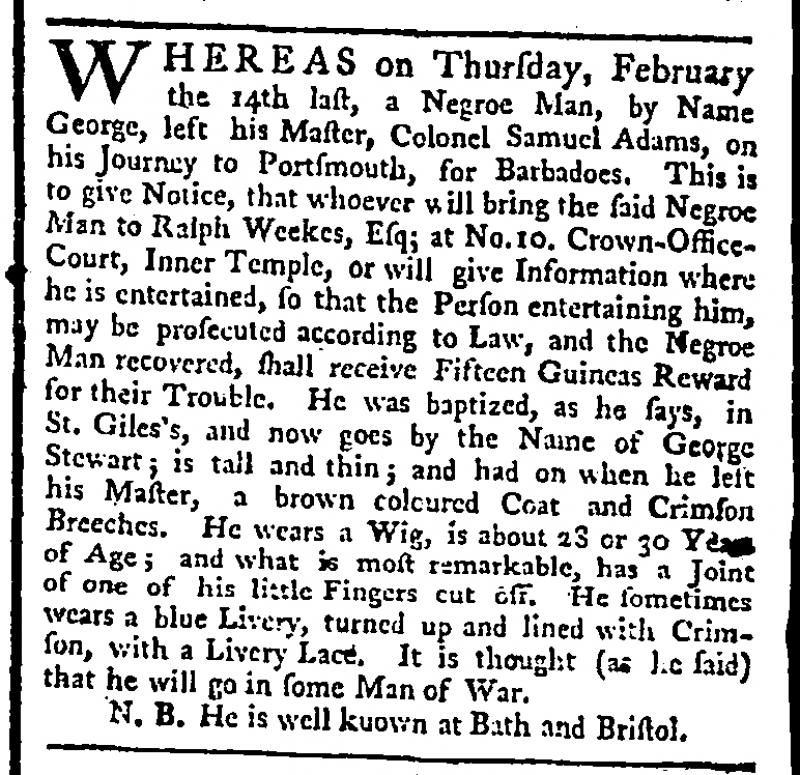
St. James's Chronicle or the British Evening Post, 20 February 1762 (England)
WHEREAS on Thursday, February the 14th last, a Negroe Man, by Name George, left his Master, Colonel Samuel Adams, on his Journey to Portsmouth, for Barbadoes. This is to give Notice, that whoever will bring the said Negroe Man to Ralph Weekes, Esq; at No.10. Crown-Office-Court, Inner Temple, or will give Information where he is entertained, so that the Person entertaining him, may be prosecuted according to Law, and the Negroe Man recovered, shall receive Fifteen Guineas Reward for their Trouble. He was baptized, as he says, in St. Giles's, and now goes by the Name of George Stewart; is tall and thin; and had on when he left his Master, a brown coloured Coat and Crimson Breeches. He wears a Wig, is about 28 or 30 Yea[rs] of Age; and what is most remarkable, has a Joint of one of his little Fingers cut off. He sometimes wears a blue Livery, turned up and lined with Crimson, with a Livery Lace. It is thought (as he said) that he will go in some Man of War.  N.B. He is well known at Bath and Bristol.